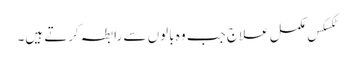
ٹکسکس مکمل علاج جب وہ بالوں سے رابطہ کرتے ہیں۔